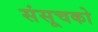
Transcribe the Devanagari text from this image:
संसूचको